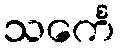
သင်္ကေ